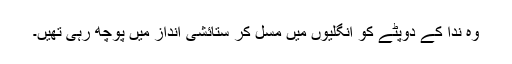
وہ ندا کے دوپٹے کو انگلیوں میں مسل کر ستائشی انداز میں پوچھ رہی تھیں۔